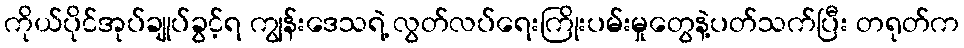
ကိုယ်ပိုင်အုပ်ချုပ်ခွင့်ရ ကျွန်းဒေသရဲ့ လွတ်လပ်ရေးကြိုးပမ်းမှုတွေနဲ့ပတ်သက်ပြီး တရုတ်က